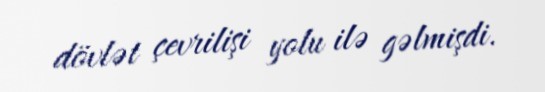
dövlət çevrilişi yolu ilə gəlmişdi.